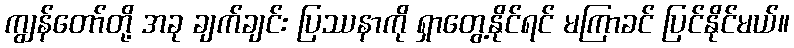
ကျွန်တော်တို့ အခု ချက်ချင်း ပြဿနာကို ရှာတွေ့နိုင်ရင် မကြာခင် ပြင်နိုင်မယ်။